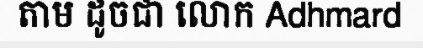
តាម ដូចជា លោក Adhmard